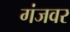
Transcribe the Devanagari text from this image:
गंजवर